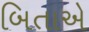
બિતાએ